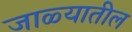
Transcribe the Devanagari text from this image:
जाळ्यातील